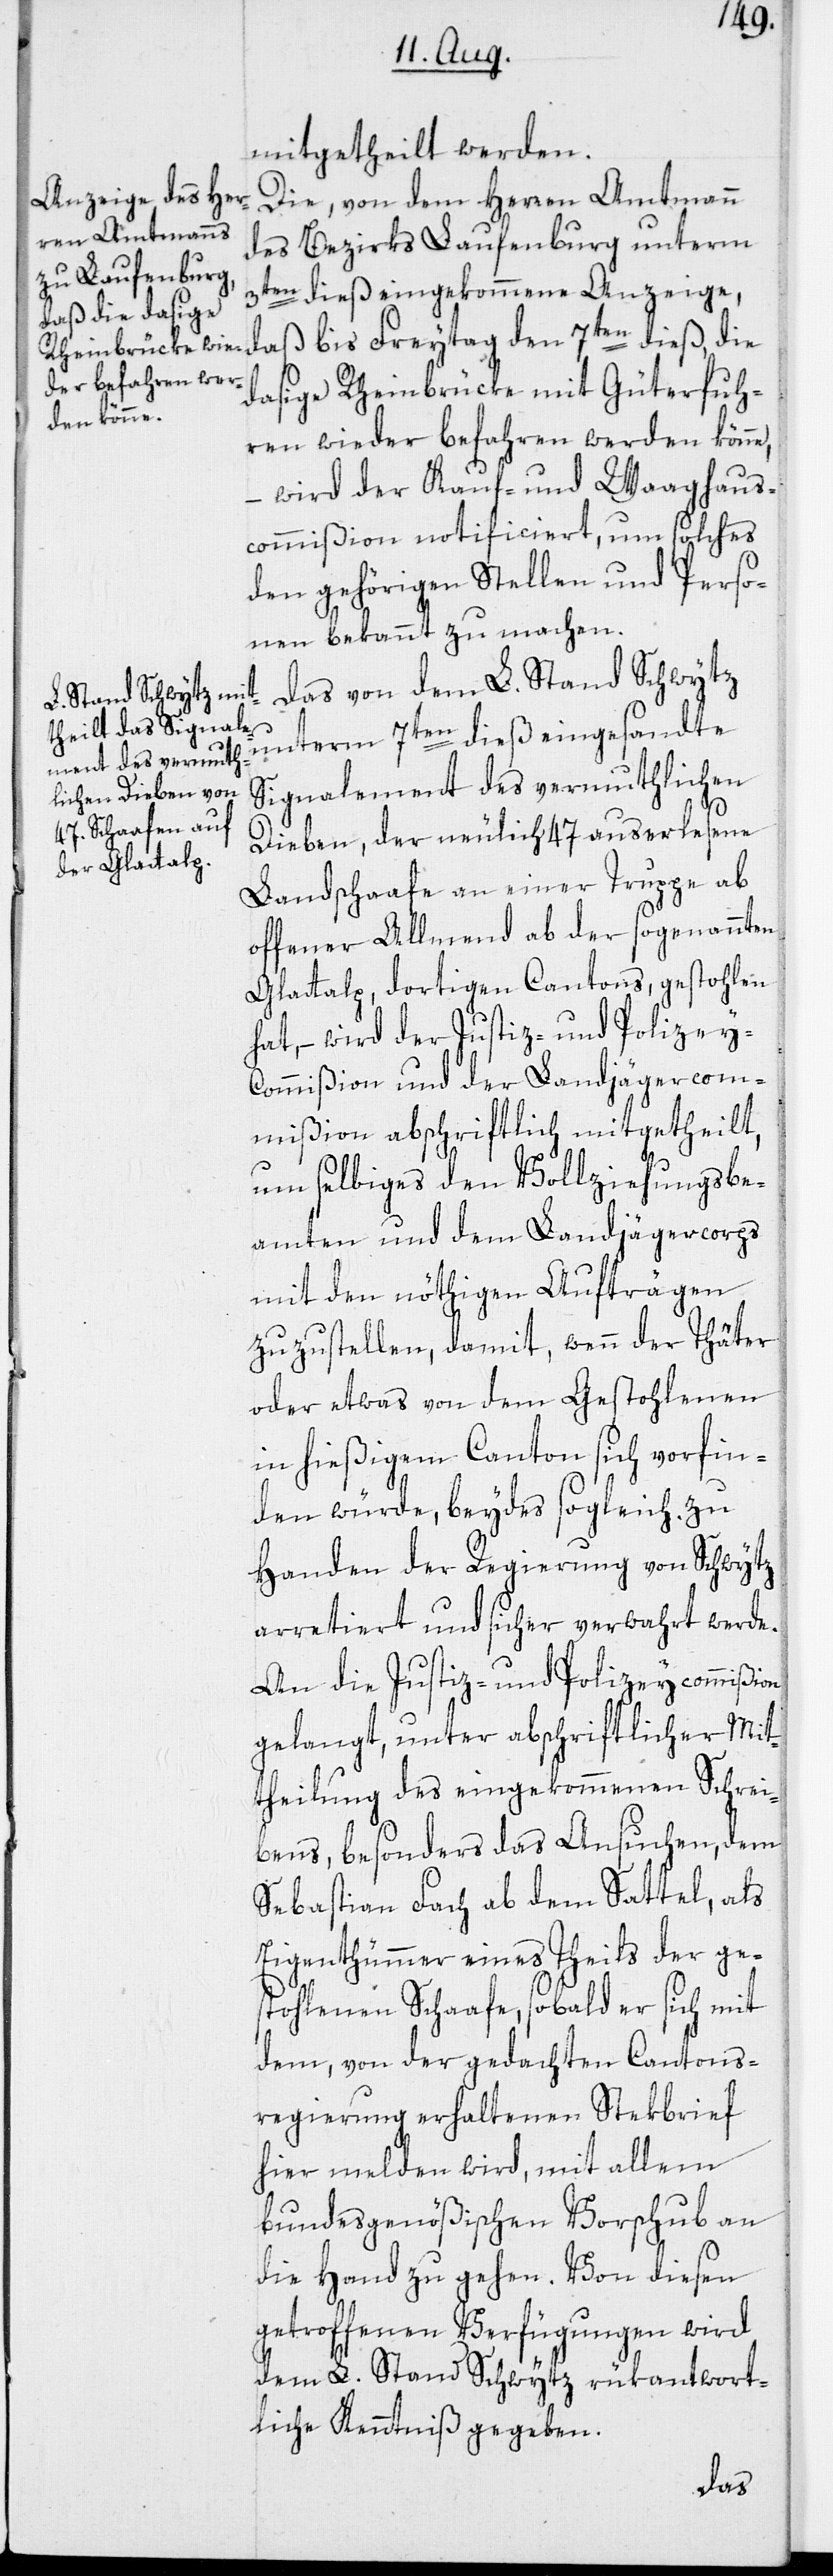
mitgetheilt werden.
Die, von dem Herren Amtmann
des Bezirks Laufenburg unterm
3ten dieß eingekommene Anzeige,
daß bis Freytag den 7ten dieß, die
dasige Rheinbrücke mit Güterfuh¬
ren wieder befahren werden könne,
wird der Kauf- und Waaghaus¬
commißion notificiert, um solches
den gehörigen Stellen und Perso¬
nen bekannt zu machen.
Das von dem L. Stand Schwytz
unterm 7ten dieß eingesandte
Signalement des vermuthlichen
Dieben, der neulich 47 auserlesene
Landschaafe an einer Truppe ab
offener Allmend ab der sogenannten
Glattalp, dortigen Cantons, gestohlen
hat, – wird der Justiz- und Polizey-C¬
ommißion und der Landjägercom¬
mißion abschriftlich mitgetheilt,
um selbiges den Vollziehungsbe¬
amten und dem Landjägercorps
mit den nöthigen Aufträgen
zuzustellen, damit, wenn der Thäter
oder etwas von dem Gestohlenen
in hießigem Canton sich vorfin¬
den würde, beydes sogleich zu
Handen der Regierung von Schwytz
arretiert und sicher verwahrt werde.
An die Justiz- und Polizeycommißion
gelangt, unter abschriftlicher Mit¬
theilung des eingekommenen Schrei¬
bens, besonders das Ansuchen, dem
Sebastian Fach ab dem Sattel, als
Eigenthümmer eines Theils der ge¬
stohlenen Schafe, sobald er sich mit
dem, von der gedachten Cantons¬
regierung erhaltenen Stekbrief
hier melden wird, mit allem
bundesgenößischen Vorschub an
die Hand zu gehen. Von diesen
getroffenen Verfügungen wird
dem L. Stand Schwytz rükantwort¬
liche Kenntniß gegeben.